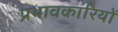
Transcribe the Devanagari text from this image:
प्रभावकारियों